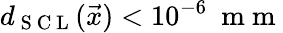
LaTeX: d_{\mathrm{~S~C~L~}}(\vec{x})<10^{-6}\ \mathrm{~m~m~}